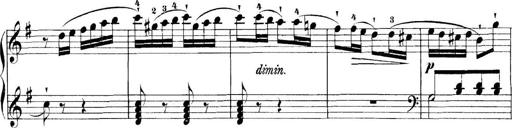
Title: 11 Sonatinas
Composer: Anton Diabelli